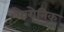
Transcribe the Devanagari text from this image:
फैरोनिक